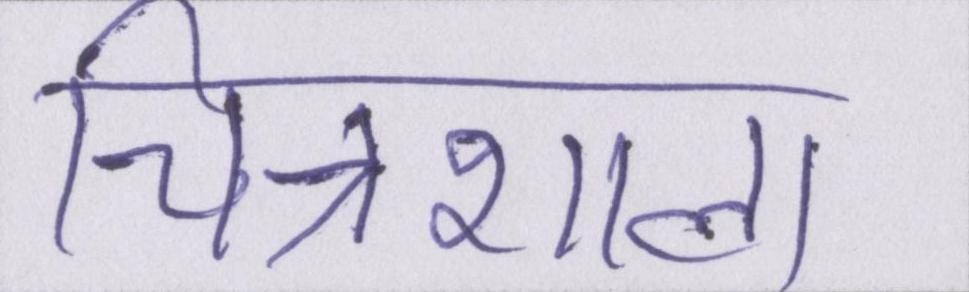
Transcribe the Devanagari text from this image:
चित्रशाला